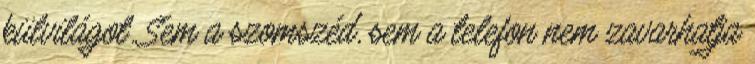
külvilágot. Sem a szomszéd, sem a telefon nem zavarhatja